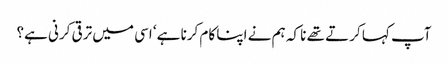
آپ کہا کرتے تھے نا کہ ہم نے اپنا کام کرنا ہے‘ اسی میں ترقی کرنی ہے؟